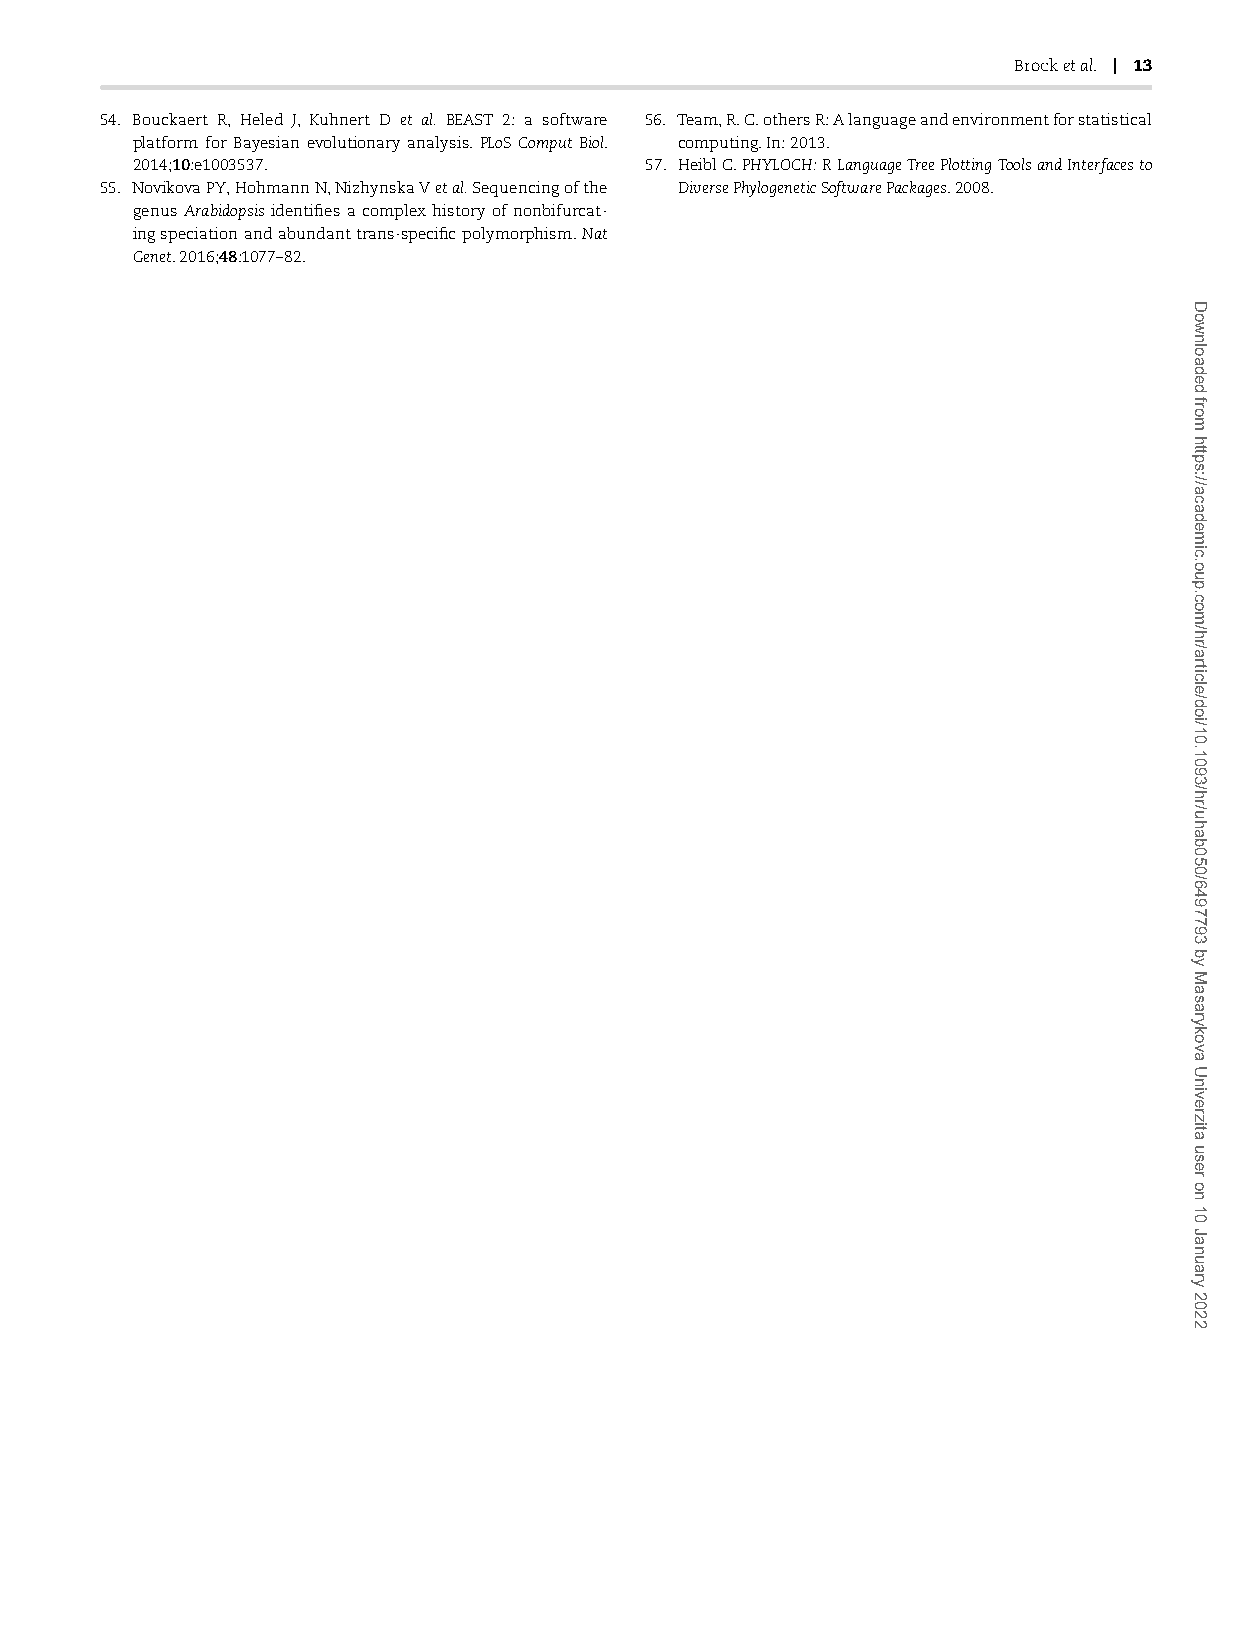
Brocketal. | 13
 54. Bouckaert R, Heled J, Kuhnert D et al. BEAST 2: a software 56. Team,R.C.othersR:Alanguageandenvironmentforstatistical
 platform for Bayesian evolutionary analysis.PLoS Comput Biol. computing.In:2013.
 2014;10:e1003537.                 57. HeiblC.PHYLOCH:RLanguageTreePlottingToolsandInterfacesto
 55. NovikovaPY,HohmannN,NizhynskaVetal.Sequencingofthe DiversePhylogeneticSoftwarePackages.2008.
 genus Arabidopsis identifies a complex history of nonbifurcat-
 ingspeciationandabundanttrans-specificpolymorphism.Nat
 Genet.2016;48:1077–82.
 Downloaded
 from
 https://academic.oup.com/hr/article/doi/10.1093/hr/uhab050/6497793
 by
 Masarykova
 Univerzita
 user
 on
 10
 January
 2022